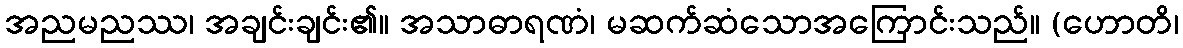
အညမညဿ၊ အချင်းချင်း၏။ အသာဓာရဏံ၊ မဆက်ဆံသောအကြောင်းသည်။ (ဟောတိ၊